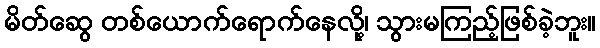
မိတ်ဆွေ တစ်ယောက်ရောက်နေလို့၊ သွားမကြည့်ဖြစ်ခဲ့ဘူး။